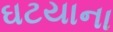
ઘટયાના